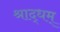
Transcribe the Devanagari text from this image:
श्राद्धम्‌